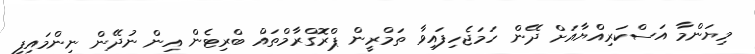
މިޔަންމާ އަސްކަރިއްޔާއަށް ދޭން ހަމަޖެހިފައިވާ ތަމްރީން ޕްރޮގްރާމްތައް ބްރިޓެން އިން ނުދޭން ނިންމައިފި